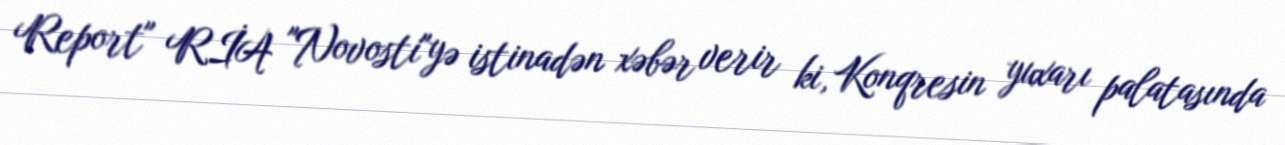
Report" RİA "Novosti"yə istinadən xəbər verir ki, Konqresin yuxarı palatasında